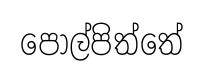
පොල්පිත්තේ